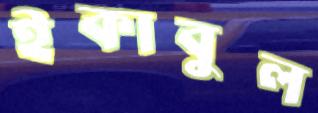
ইকাবুল